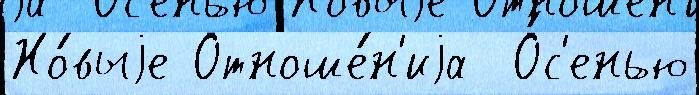
Но́выjе Отноше́н'иjа  О́с'енью